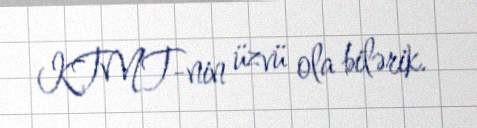
KTMT-nin üzvü ola bilərik.